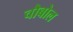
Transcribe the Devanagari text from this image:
चौबोल